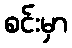
စင်းမှာ